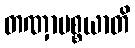
တဏှာပစ္စယာတိ